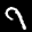
Label: 9